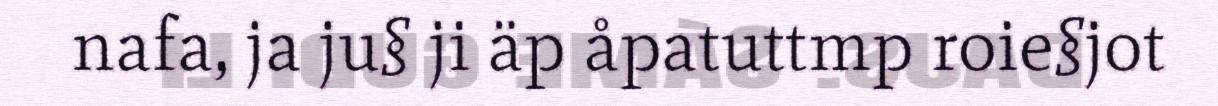
nafa, ja ju§ ji äp åpatuttmp roie§jot